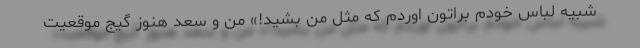
شبیه لباس خودم براتون اوردم که مثل من بشید!» من و سعد هنوز گیج موقعیت